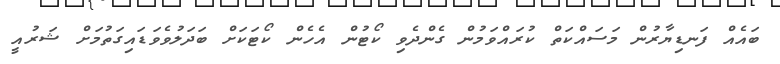
ބައެއް ފަނޑިޔާރުން މަސައްކަތް ކުރައްވަމުން ގެންދެވި ކޯޓުން އެހެން ކޯޓަކަށް ބަދަލުވެވަޑައިގަތުމަށް ޝަރުއީ